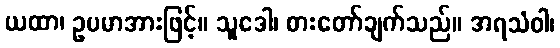
ယထာ၊ ဥပမာအားဖြင့်။ သူဒေါ၊ စားတော်ချက်သည်။ အရသံဝါ၊